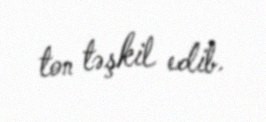
ton təşkil edib.